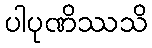
ပါပုဏိဿသိ